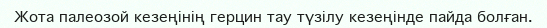
Жота палеозой кезеңінің герцин тау түзілу кезеңінде пайда болған.